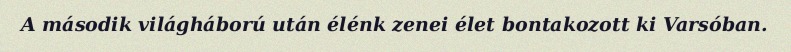
A második világháború után élénk zenei élet bontakozott ki Varsóban.